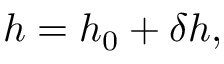
h = h _ { 0 } + \delta h ,